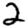
Digit: 2